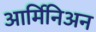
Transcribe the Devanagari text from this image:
आर्मिनिअन